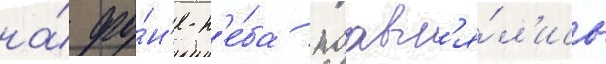
на́ фо́н'е н'е́ба поавл'я́л'ись